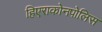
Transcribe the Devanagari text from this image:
हिएराकोनपोलिस